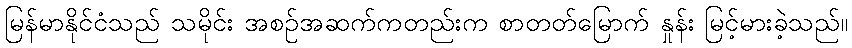
မြန်မာနိုင်ငံသည် သမိုင်း အစဉ်အဆက်ကတည်းက စာတတ်မြောက် နှုန်း မြင့်မားခဲ့သည်။